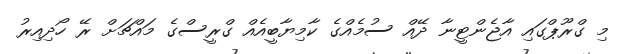
މި ގްރޫޕްގައި އާޖެންޓީނާ ދޭއް ސުމެއްގެ ކާމިޔާބީއެއް ގްރީސްގެ މައްޗަށް ރޭ ހޯދިއިރު